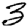
Digit: 3